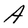
Character: A